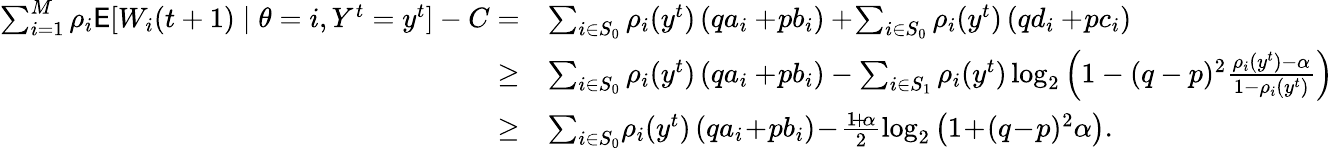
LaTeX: \begin{array}{rl}{\sum_{i=1}^{M}\rho_{i}\mathsf{E}[W_{i}(t+1)\mid\theta=i,Y^{t}=y^{t}]-C=}&{\sum_{i\in S_{0}}\rho_{i}(y^{t})\left(qa_{i}+\! pb_{i}\right)+\! \sum_{i\in S_{0}}\rho_{i}(y^{t})\left(qd_{i}+\! pc_{i}\right)}\\ {\ge}&{\sum_{i\in S_{0}}\rho_{i}(y^{t})\left(qa_{i}+\! pb_{i}\right)-\sum_{i\in S_{1}}\rho_{i}(y^{t})\log_{2}\left(1-(q-p)^{2}\frac{\rho_{i}(y^{t})-\alpha}{1-\rho_{i}(y^{t})}\right)}\\ {\ge}&{\sum_{i\in S_{0}}\! \rho_{i}(y^{t})\left(qa_{i}\! +\! pb_{i}\right)\! -\! \frac{1\! +\! \alpha}{2}\log_{2}\left(1\! +\! (q\! -\! p)^{2}\alpha\right).}\end{array}